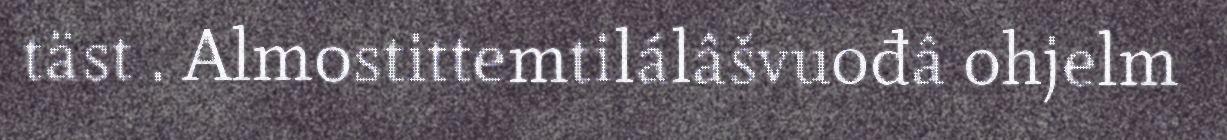
täst . Almostittemtilálâšvuođâ ohjelm